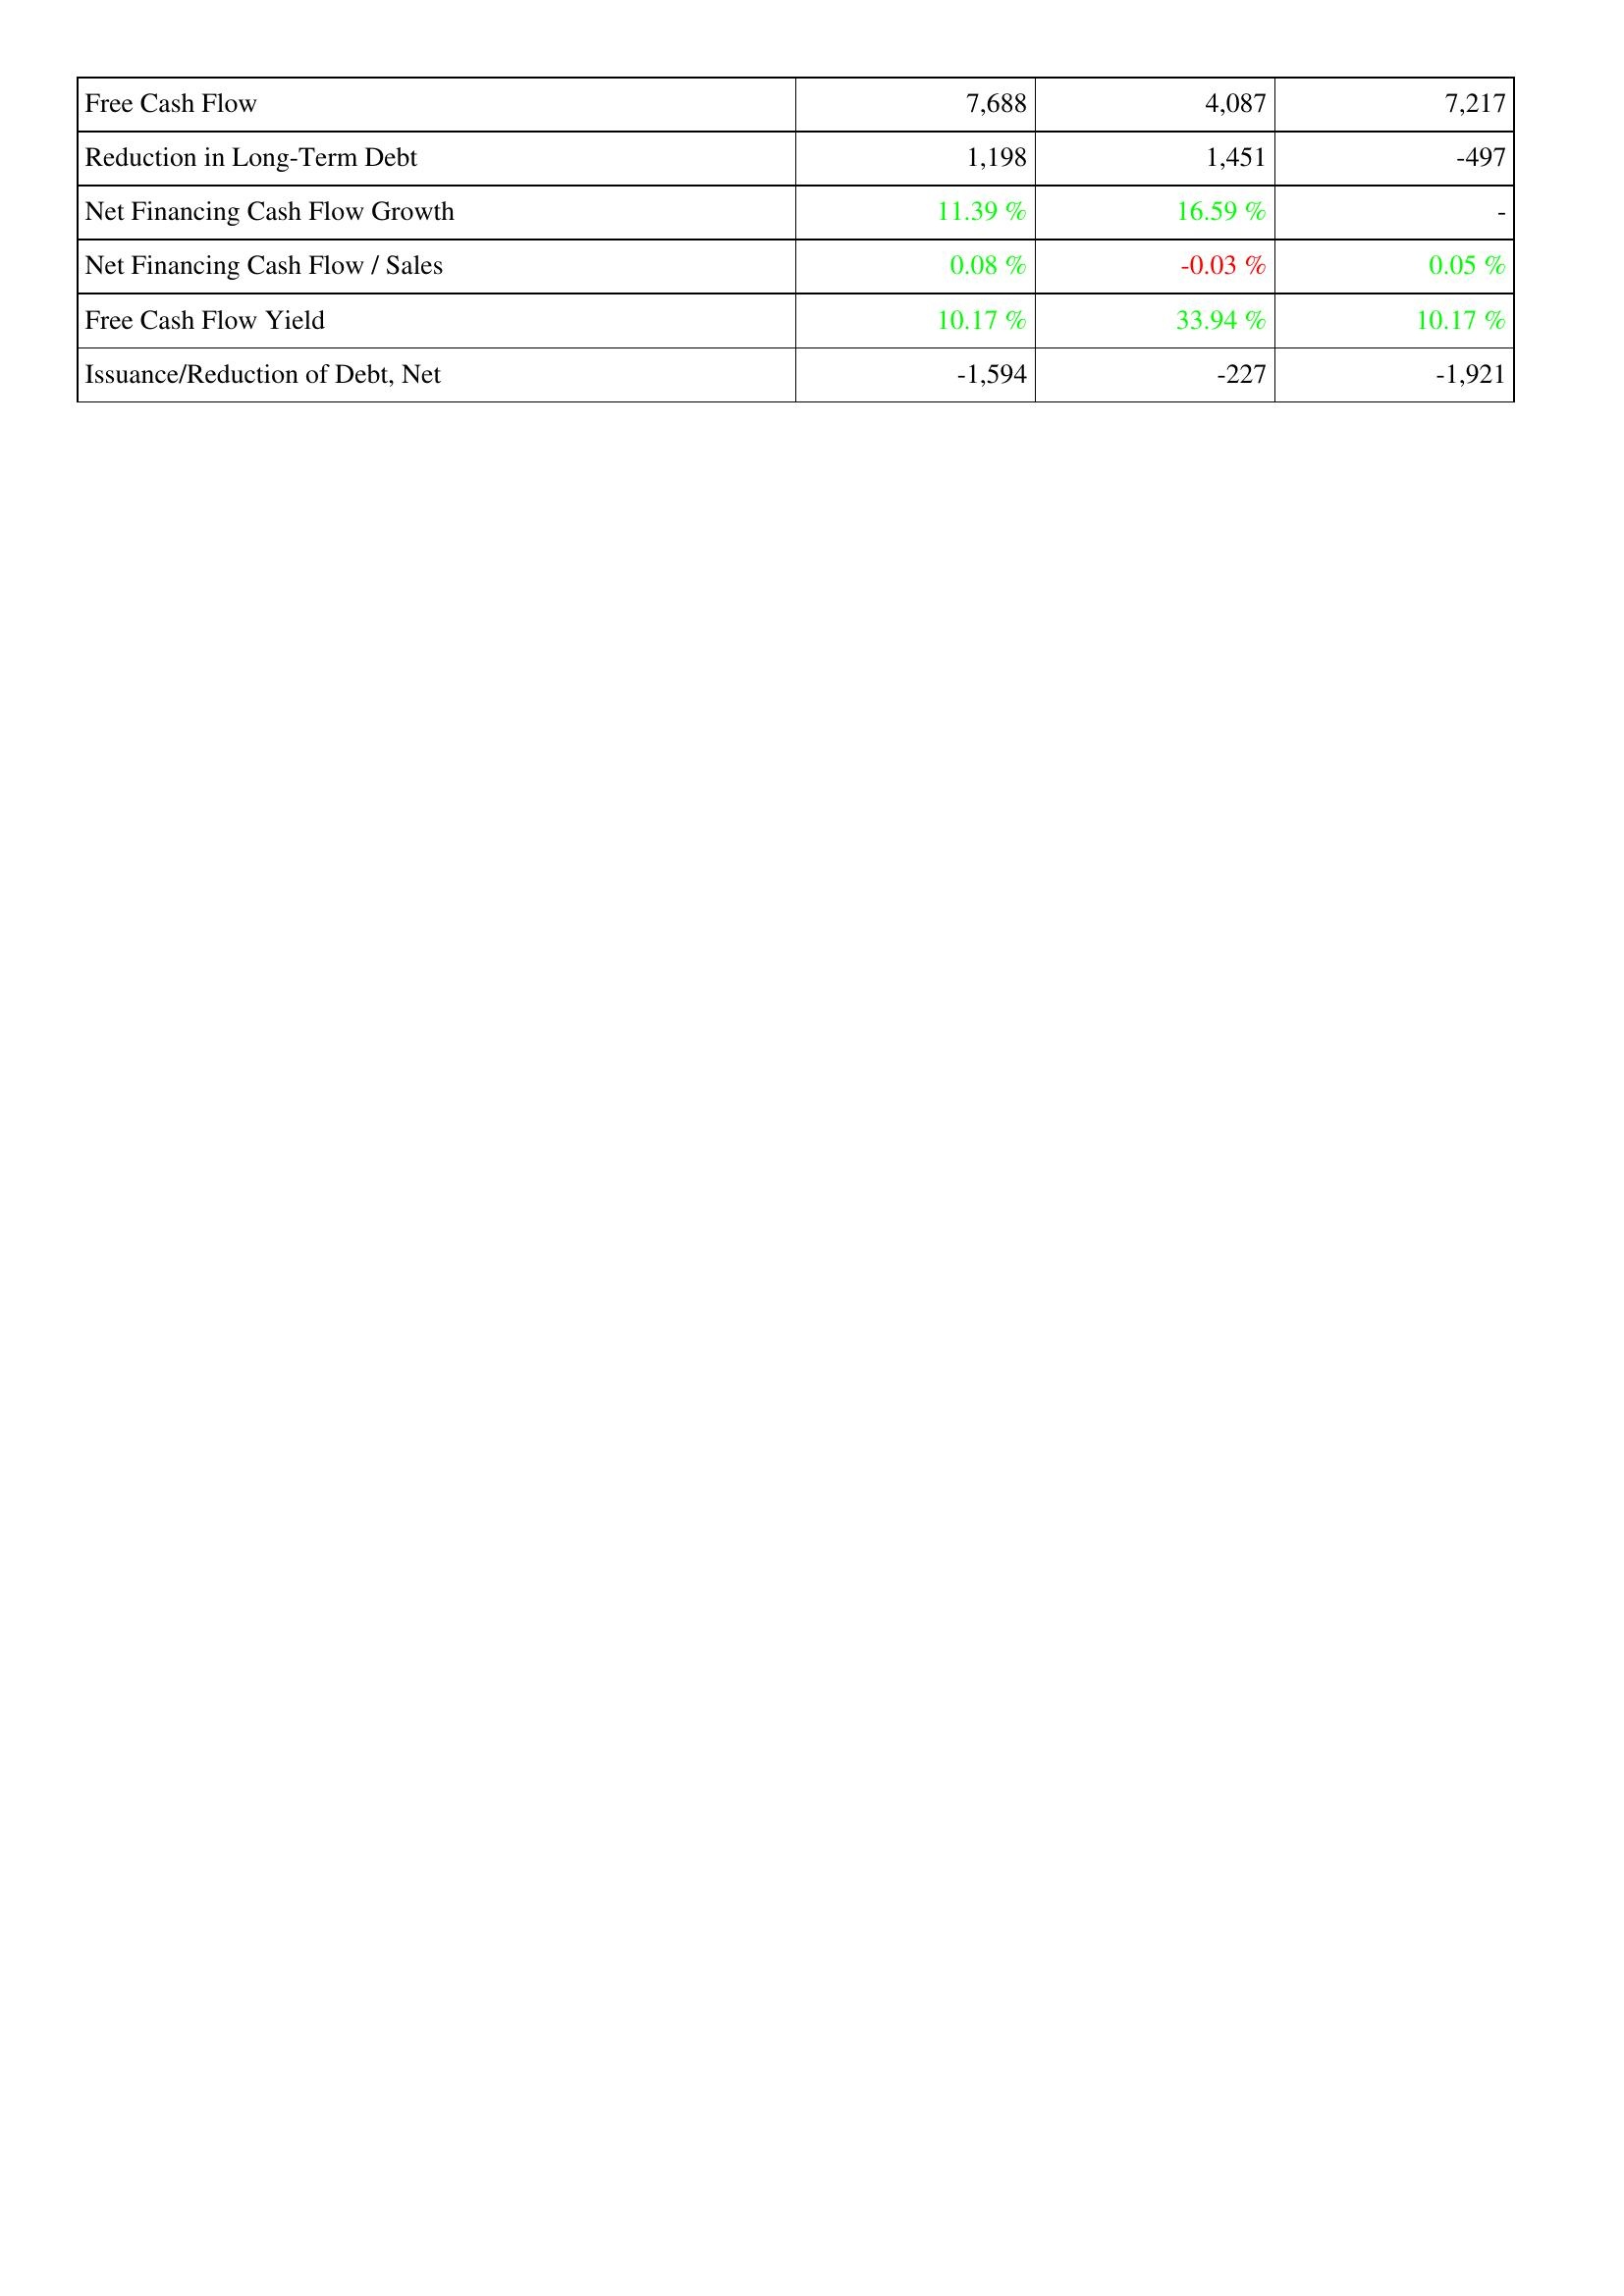
2013: Financing Activities: Free Cash Flow: 7,688
Reduction in Long-Term Debt: 1,198
Net Financing Cash Flow Growth: 11.39 %
Net Financing Cash Flow / Sales: 0.08 %
Free Cash Flow Yield: 10.17 %
Issuance/Reduction of Debt, Net: -1,594
2014: Financing Activities: Free Cash Flow: 4,087
Reduction in Long-Term Debt: 1,451
Net Financing Cash Flow Growth: 16.59 %
Net Financing Cash Flow / Sales: -0.03 %
Free Cash Flow Yield: 33.94 %
Issuance/Reduction of Debt, Net: -227
2015: Financing Activities: Free Cash Flow: 7,217
Reduction in Long-Term Debt: -497
Net Financing Cash Flow Growth: -
Net Financing Cash Flow / Sales: 0.05 %
Free Cash Flow Yield: 10.17 %
Issuance/Reduction of Debt, Net: -1,921